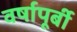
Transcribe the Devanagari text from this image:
वर्षापूर्बी